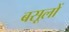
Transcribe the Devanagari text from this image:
बसूलों